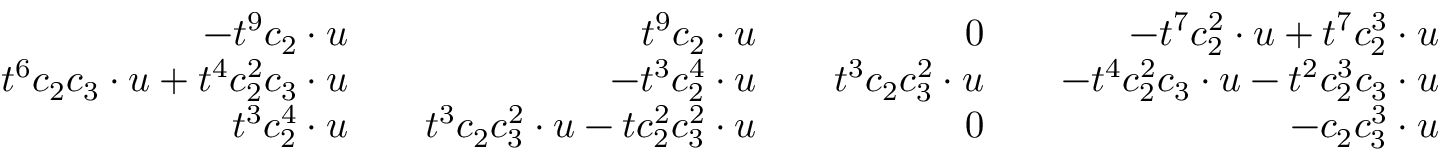
\begin{array} { r l r l r l r } { - t ^ { 9 } c _ { 2 } \cdot u } & { } & { t ^ { 9 } c _ { 2 } \cdot u } & { } & { 0 } & { } & { - t ^ { 7 } c _ { 2 } ^ { 2 } \cdot u + t ^ { 7 } c _ { 2 } ^ { 3 } \cdot u } \\ { t ^ { 6 } c _ { 2 } c _ { 3 } \cdot u + t ^ { 4 } c _ { 2 } ^ { 2 } c _ { 3 } \cdot u } & { } & { - t ^ { 3 } c _ { 2 } ^ { 4 } \cdot u } & { } & { t ^ { 3 } c _ { 2 } c _ { 3 } ^ { 2 } \cdot u } & { } & { - t ^ { 4 } c _ { 2 } ^ { 2 } c _ { 3 } \cdot u - t ^ { 2 } c _ { 2 } ^ { 3 } c _ { 3 } \cdot u } \\ { t ^ { 3 } c _ { 2 } ^ { 4 } \cdot u } & { } & { t ^ { 3 } c _ { 2 } c _ { 3 } ^ { 2 } \cdot u - t c _ { 2 } ^ { 2 } c _ { 3 } ^ { 2 } \cdot u } & { } & { 0 } & { } & { - c _ { 2 } c _ { 3 } ^ { 3 } \cdot u } \end{array}